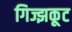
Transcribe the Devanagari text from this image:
गिज्झकूट